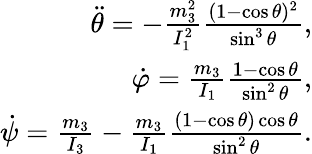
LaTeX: \begin{array}{r}{\ddot{\theta}=-\frac{m_{3}^{2}}{I_{1}^{2}}\frac{(1-\cos\theta)^{2}}{\sin^{3}\theta},}\\ {\dot{\varphi}=\frac{m_{3}}{I_{1}}\frac{1-\cos\theta}{\sin^{2}\theta},}\\ {\dot{\psi}=\frac{m_{3}}{I_{3}}-\frac{m_{3}}{I_{1}}\frac{(1-\cos\theta)\cos\theta}{\sin^{2}\theta}.}\end{array}